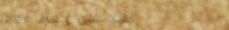
أرضيات فلين و سجاد للمنزل